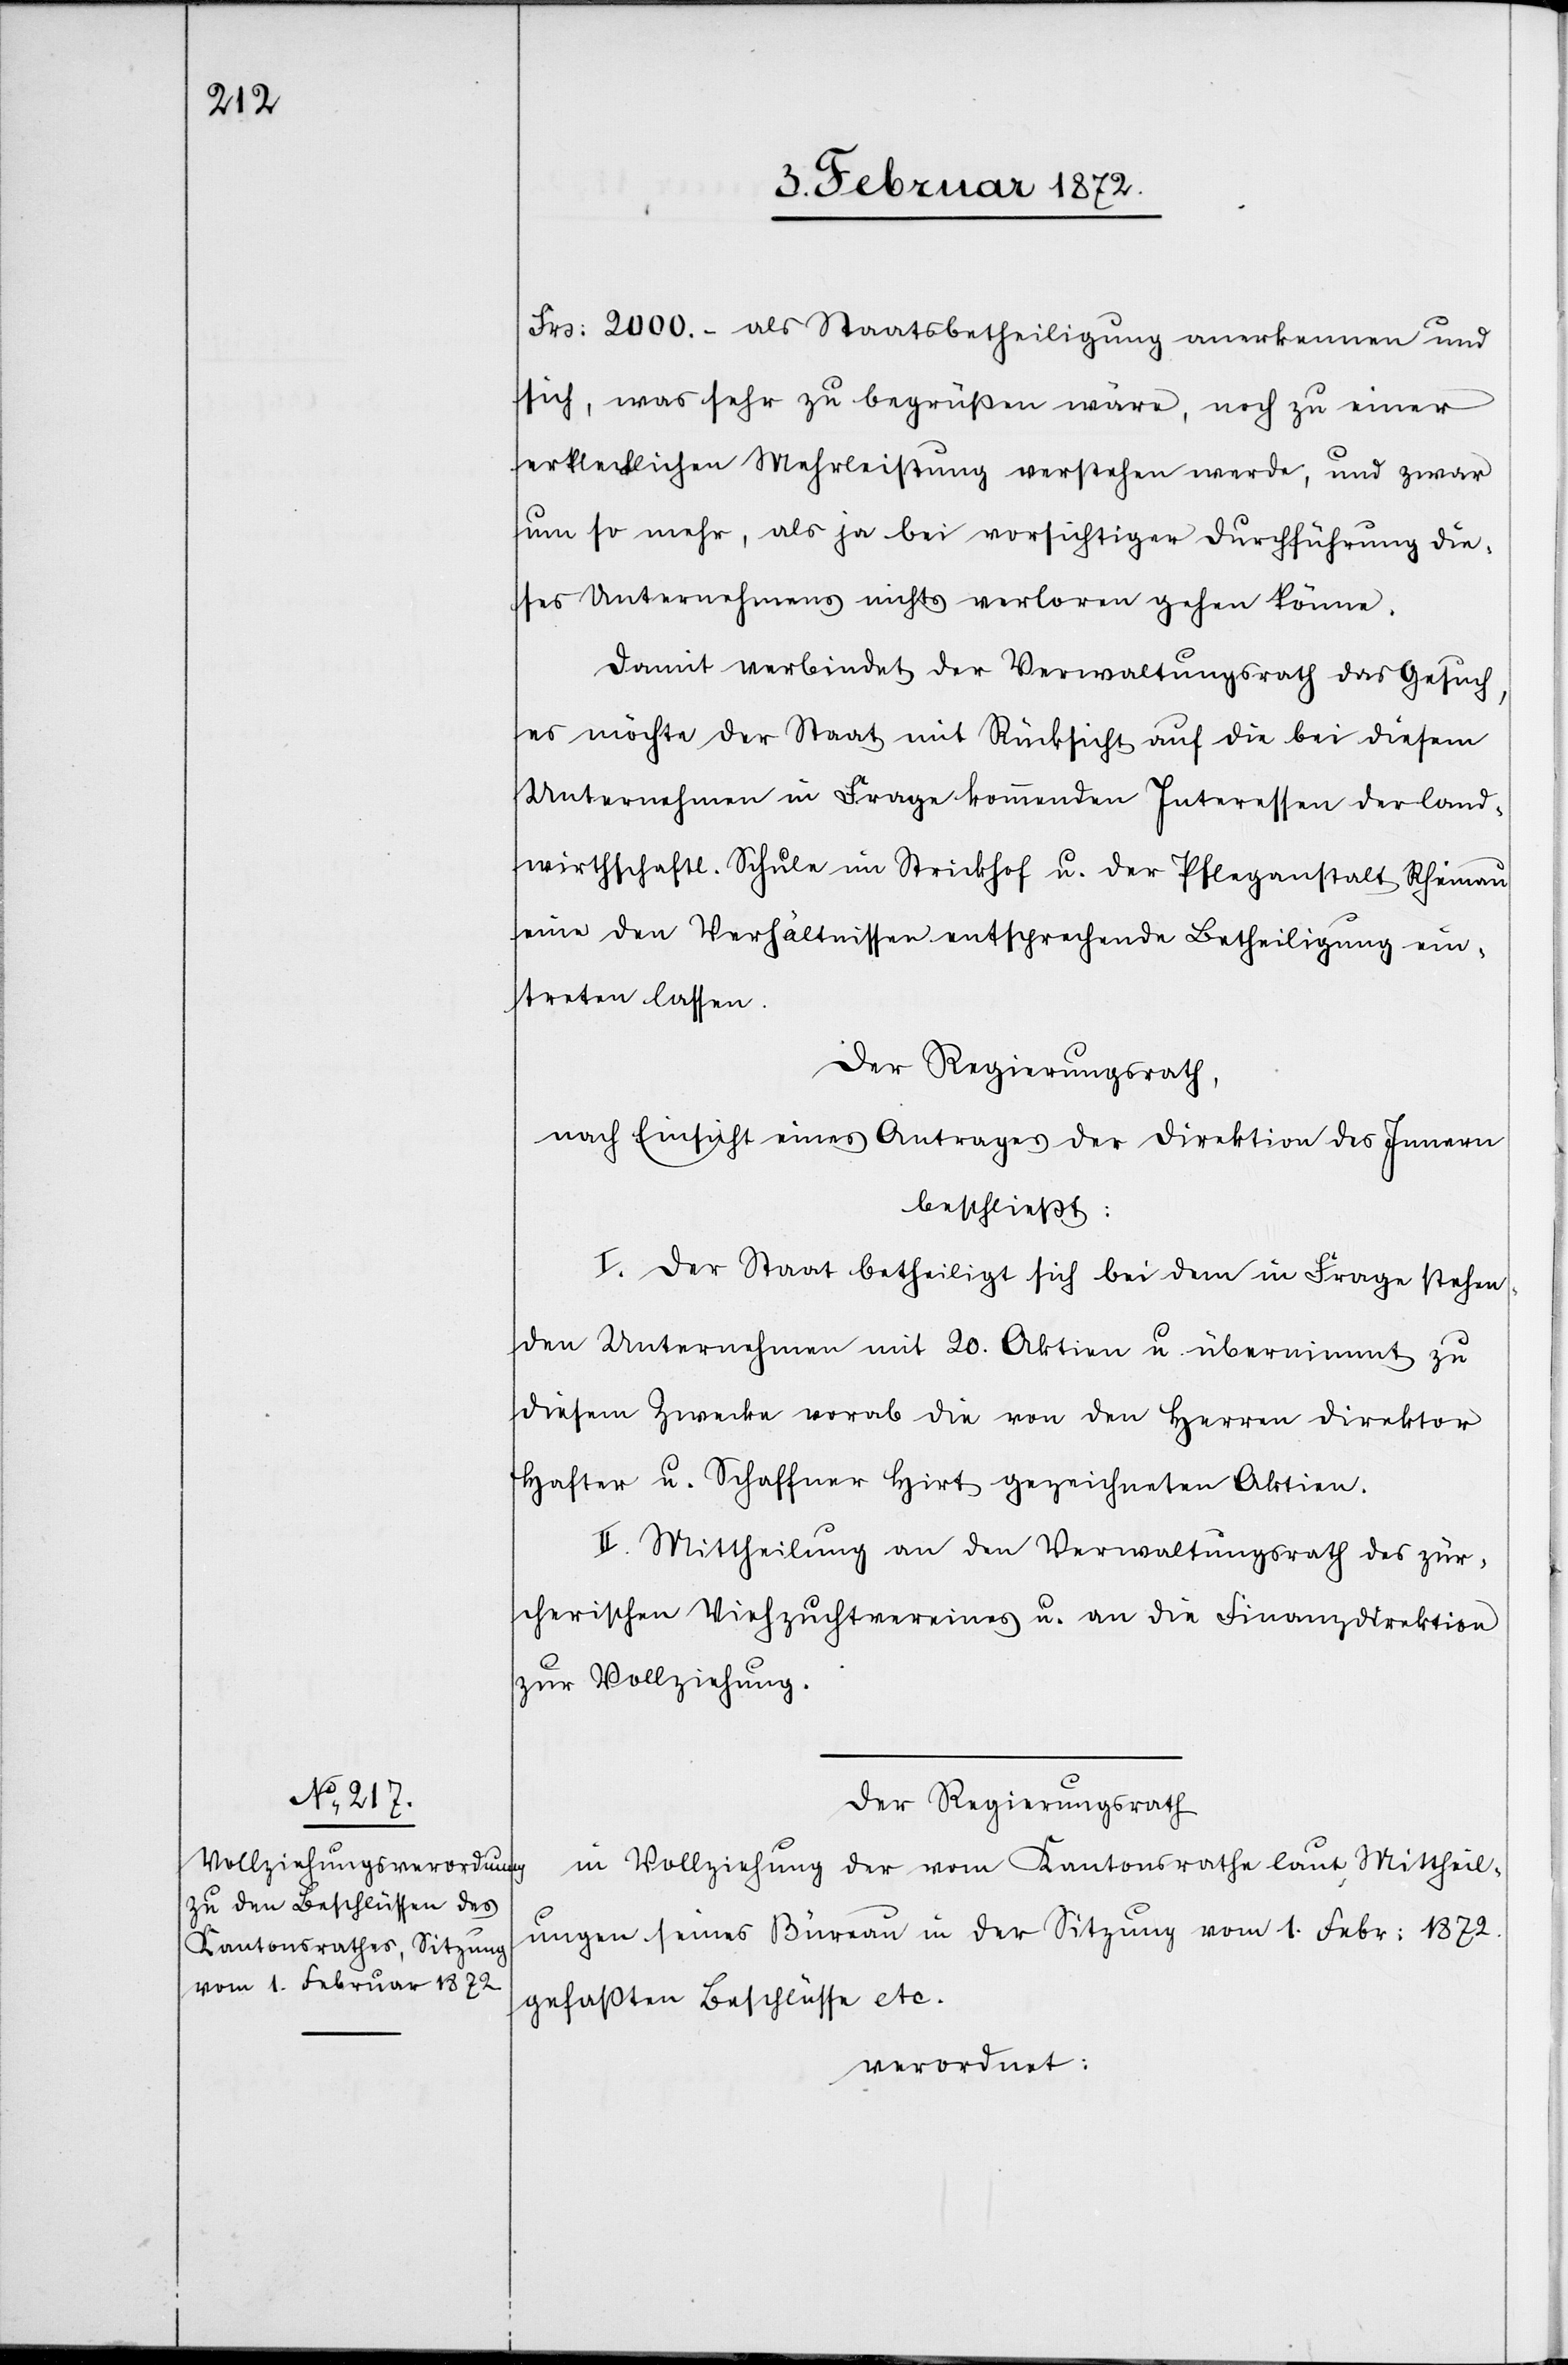
Frs. 2000.- als Staatsbetheiligung anerkennen und
sich, was sehr zu begrüßen wäre, noch zu einer
erklecklichen Mehrleistung verstehen werde, und zwar
um so mehr, als ja bei vorsichtiger Durchführung die¬
ses Unternehmens nichts verloren gehen könne.
Damit verbindet der Verwaltungsrath das Gesuch,
es möchte der Staat mit Rücksicht auf die bei diesem
Unternehmen in Frage kommenden Interessen der land¬
wirthschaftl. Schule im Strickhof u. der Pflegeanstalt Rheinau
eine den Verhältnissen entsprechende Betheiligung ein¬
treten lassen.
Der Regierungsrath,
nach Einsicht eines Antrages der Direktion des Innern,
beschließt:
I. Der Staat betheiligt sich bei den in Frage stehen¬
den Unternehmen mit 20. Aktien u. übernimmt zu
diesem Zwecke vorab die von den Herren Direktor
Hafter u. Schaffner Hirt gezeichneten Aktien.
II. Mittheilung an den Verwaltungsrath des zür¬
cherischen Viehzuchtvereines u. an die Finanzdirektion
zur Vollziehung.
Der Regierungsrath,
in Vollziehung der vom Kantonsrathe laut Mittheil¬
ungen seines Büreau in der Sitzung vom 1. Febr. 1872.
gefaßten Beschlüsse etc.
verordnet: